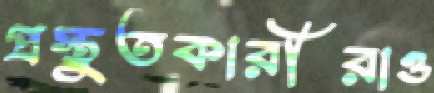
প্রস্তুতকারীরাও